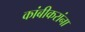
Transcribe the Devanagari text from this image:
कांबीकरांना